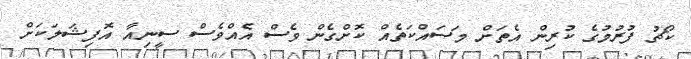
ކޯޗު ފުރުމުގެ ކުރިން އެތަށް މަސައްކަތެއް ކޮށްގެން ވެސް އެއްވެސް ސީނިއާ އޮފިޝަލަކަށް